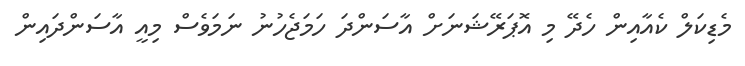
މެޑިކަލް ކެއާއިން ހެދޭ މި އޮޕަރޭޝަނަށް އާސަންދަ ހަމަޖެހުނު ނަމަވެސް މިއީ އާސަންދައިން